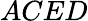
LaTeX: ACED